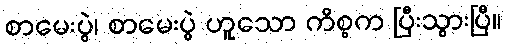
စာမေးပွဲ၊ စာမေးပွဲ ဟူသော ကိစ္စက ပြီးသွားပြီ။